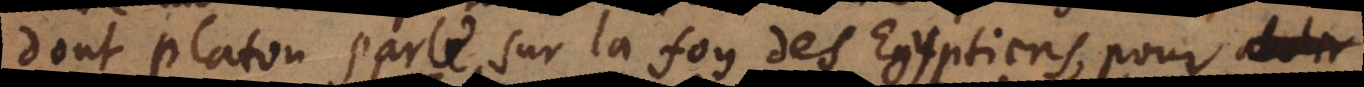
dont Platon parle sur la foy des Egyptiens, pour inter